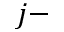
j -